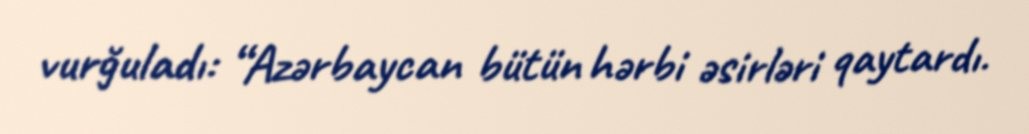
vurğuladı: “Azərbaycan bütün hərbi əsirləri qaytardı.